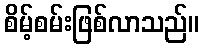
စိမ့်စမ်းဖြစ်လာသည်။